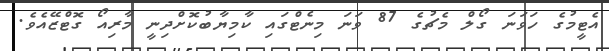
އެޓީމުގެ ހަވަނަ ގޯލް މެޗުގެ 87 ވަނަ މިނެޓްގައި ކާމިޔާބުކޮށްދިނީ މާރިއޯ ގޮޓްޒޭއެވެ.